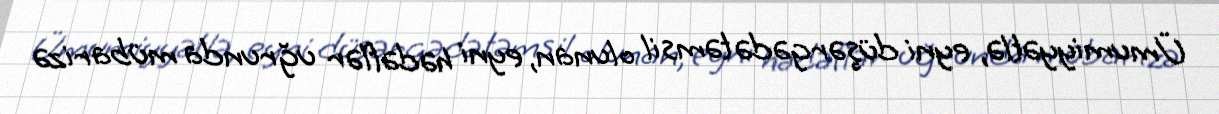
Ümumiyyətlə, eyni düşərgədə təmsil olunan, eyni hədəflər uğrunda mübarizə